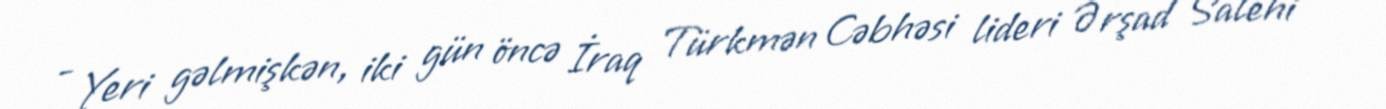
- Yeri gəlmişkən, iki gün öncə İraq Türkmən Cəbhəsi lideri Ərşad Salehi